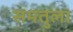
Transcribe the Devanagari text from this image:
समतुला